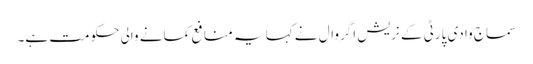
سماج وادی پارٹی کے نریش اگروال نے کہا یہ منافع کمانے والی حکومت ہے۔